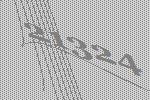
21324